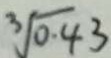
\sqrt [ 3 ] { 0 . 4 3 }